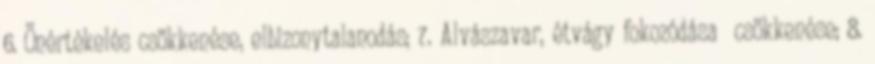
6. Önértékelés csökkenése, elbizonytalanodás; 7. Alvászavar, étvágy fokozódása csökkenése; 8.